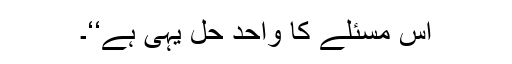
اس مسئلے کا واحد حل یہی ہے‘‘۔